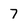
Character: 7